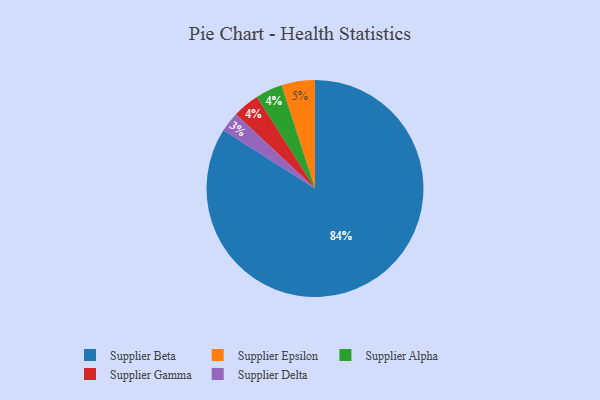
{"axis": {"x": "Category", "y": "Percentage"}, "legend": ["Supplier Alpha", "Supplier Beta", "Supplier Delta", "Supplier Epsilon", "Supplier Gamma"], "data": [{"x": "Supplier Alpha", "y": 4, "type": "Supplier Alpha"}, {"x": "Supplier Epsilon", "y": 5, "type": "Supplier Epsilon"}, {"x": "Supplier Gamma", "y": 4, "type": "Supplier Gamma"}, {"x": "Supplier Delta", "y": 3, "type": "Supplier Delta"}, {"x": "Supplier Beta", "y": 84, "type": "Supplier Beta"}]}